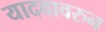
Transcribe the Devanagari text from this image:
यादवावरुन